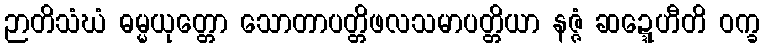
ဉာတိသံဃံ ဓမ္မယုတ္တော သောတာပတ္တိဖလသမာပတ္တိယာ နဇ္ဇံ ဆဍ္ဍေဟီတိ ဝက္ခ